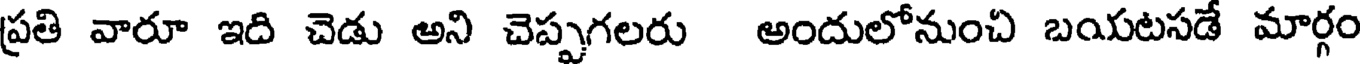
ప్రతి వారూ ఇది చెడు అని చెప్పగలరు అందులోనుంచి బయటసడే మార్గం